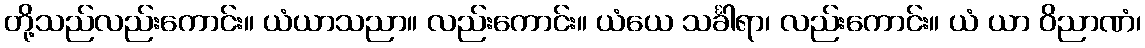
တို့သည်လည်းကောင်း။ ယံယာသညာ။ လည်းကောင်း။ ယံယေ သင်္ခါရာ၊ လည်းကောင်း။ ယံ ယာ ဝိညာဏံ၊